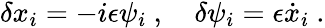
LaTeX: \delta x_{i}=-i\epsilon\psi_{i}\ ,\quad\delta\psi_{i}=\epsilon{\dot{x}}_{i}\ .